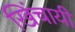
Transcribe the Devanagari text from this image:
खिंचायी